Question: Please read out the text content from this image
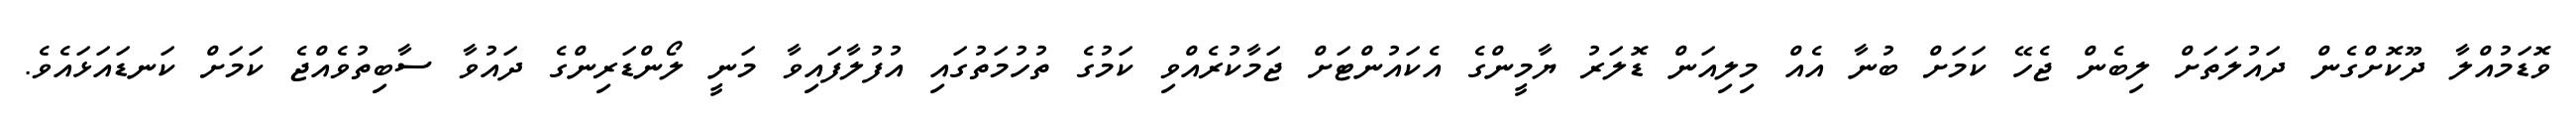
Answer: ވޮޑަމުއްލާ ދޫކޮށްގެން ދައުލަތަށް ލިބެން ޖެހޭ ކަމަށް ބުނާ އެއް މިލިއަން ޑޮލަރު ޔާމީންގެ އެކައުންޓަށް ޖަމާކުރެއްވި ކަމުގެ ތުހުމަތުގައި އުފުލާފައިވާ މަނީ ލޯންޑަރިންގެ ދައުވާ ސާބިތުވެއްޖެ ކަމަށް ކަނޑައަޅައެވެ.